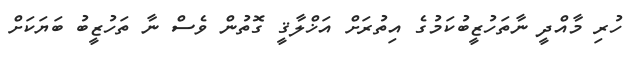
ހުރި މާއްދީ ނާތަހުޒީބުކަމުގެ އިތުރަށް އަޚްލާޤީ ގޮތުން ވެސް ނާ ތަހުޒީބު ބަޔަކަށް